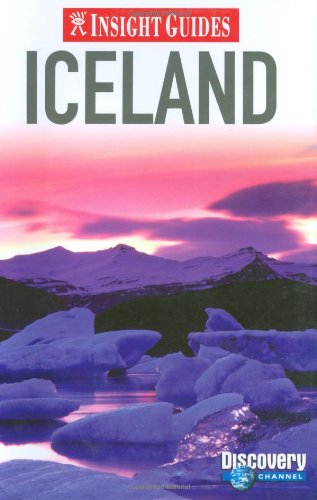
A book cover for Iceland (Insight Guides); Insight Guides; Travel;